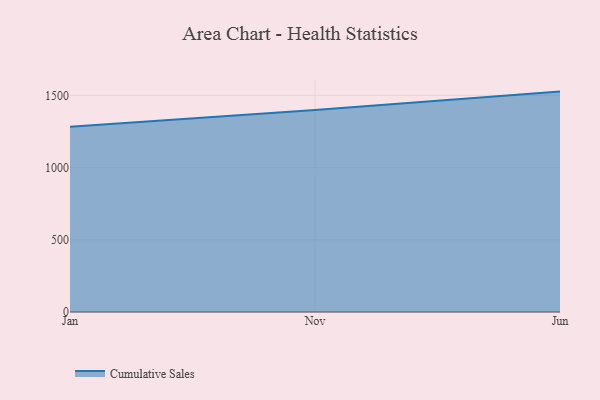
{"axis": {"x": "Month", "y": "LTV (USD)"}, "legend": ["Cumulative Sales"], "data": [{"x": "Jan", "y": 1283.4, "type": "Cumulative Sales"}, {"x": "Nov", "y": 1399.3, "type": "Cumulative Sales"}, {"x": "Jun", "y": 1526.2, "type": "Cumulative Sales"}]}